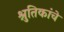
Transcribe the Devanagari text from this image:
श्रुतिकांचे